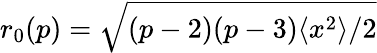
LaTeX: r_{0}(p)=\sqrt{(p-2)(p-3)\langle x^{2}\rangle/2}